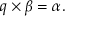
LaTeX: { q } \times { \beta } = \alpha .